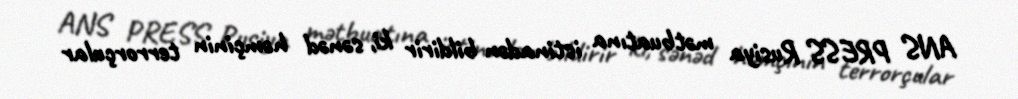
ANS PRESS Rusiya mətbuatına istinadən bildirir ki, sənəd həmçinin terrorçular